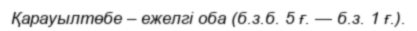
Қарауылтөбе – ежелгі оба (б.з.б. 5 ғ. — б.з. 1 ғ.).